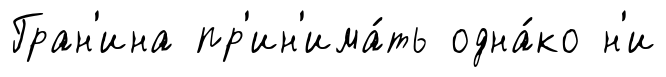
Гран'ина пр'ин'има́ть одна́ко н'и